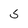
Character: 5